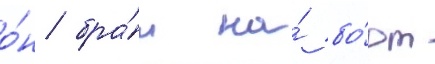
о́н бра́л на́ бо́рт